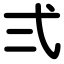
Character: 弍